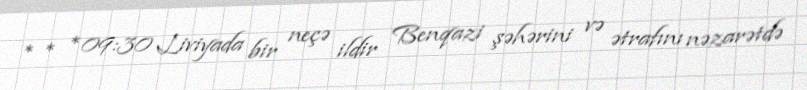
* * *09:30 Liviyada bir neçə ildir Benqazi şəhərini və ətrafını nəzarətdə